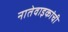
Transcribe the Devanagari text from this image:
नातेवाइकांची